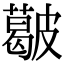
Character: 𥀥